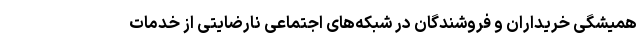
همیشگی خریداران و فروشندگان در شبکه‌های اجتماعی نارضایتی از خدمات